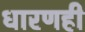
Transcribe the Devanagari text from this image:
धारणही